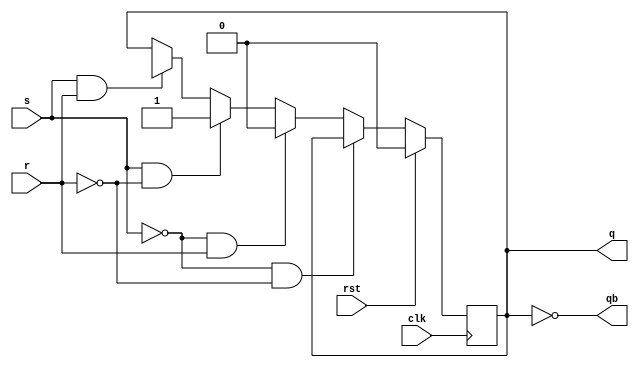
module srff(s,r,clk,rst,q,qb);
  input s,r,clk,rst;
  output q,qb;
  wire s,r,clk,rst,qb;
  reg q;
  always @ (posedge clk)
    begin
      if(rst)
        q<=1'b0;
      else if (s==1'b0 && r==1'b0)
        q<=q;
      else if (s==1'b0&& r==1'b1)
        q<=1'b0;
      else if (s==1'b1 && r==1'b0)
        q<=1'b1;
      else if (s==1'b1 && r==1'b1)
        q<=1'bx;
      end
  assign qb=~q;
endmodule